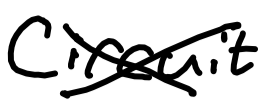
Text: Circuit
Cross-out: cross
Writing tool: digital_black